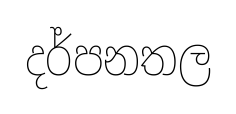
දර්පනතල